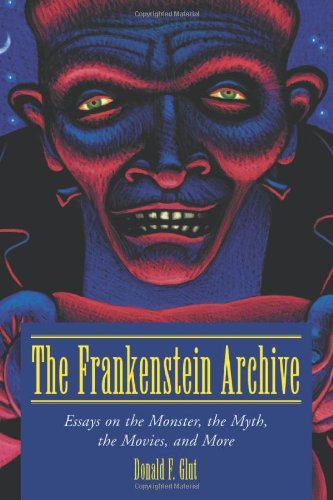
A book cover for The Frankenstein Archive: Essays on the Monster, the Myth, the Movies, and More; Donald F. Glut; Science Fiction & Fantasy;